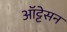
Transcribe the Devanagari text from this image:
ऑट्टेसन